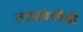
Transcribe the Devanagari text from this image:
त्यासंबधीची